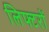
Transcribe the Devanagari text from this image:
लिफ्टरों